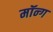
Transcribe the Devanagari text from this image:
मॉन्ग